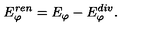
E _ { \varphi } ^ { r e n } = E _ { \varphi } - E _ { \varphi } ^ { d i v } .